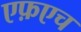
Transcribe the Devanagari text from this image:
एफ़एच